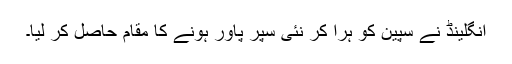
انگلینڈ نے سپین کو ہرا کر نئی سپر پاور ہونے کا مقام حاصل کر لیا۔